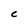
Character: C